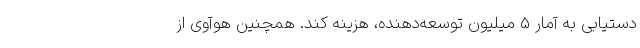
دستیابی به آمار 5 میلیون توسعه‌دهنده، هزینه کند. همچنین هوآوی از